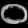
Digit: ၀